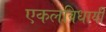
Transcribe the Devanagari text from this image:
एकलविधायी